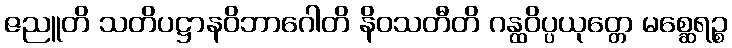
ဇညူတိ သတိပဋ္ဌာနဝိဘာဂေါတိ နိဝသတီတိ ဂန္ထဝိပ္ပယုတ္တေ မစ္ဆေရဉ္စ